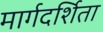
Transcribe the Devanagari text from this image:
मार्गदर्शिता